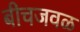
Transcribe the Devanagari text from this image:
बीचजवळ